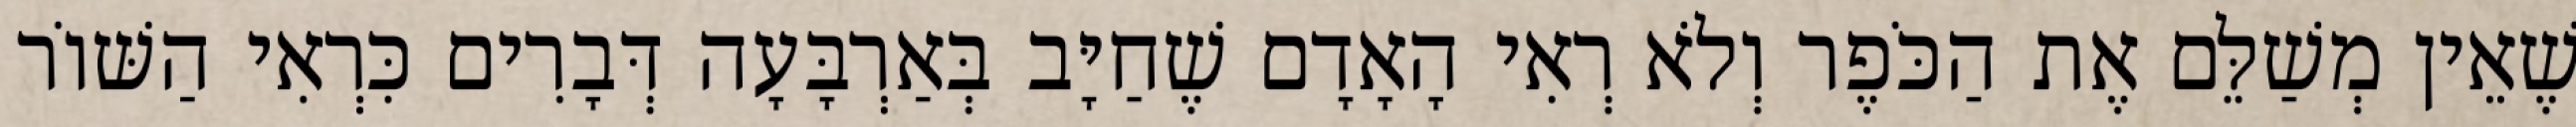
שֶׁאֵין מְשַׁלֵּם אֶת הַכֹּפֶר וְלֹא רְאִי הָאָדָם שֶׁחַיָּב בְּאַרְבָּעָה דְּבָרִים כִּרְאִי הַשּׁוֹר